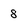
Character: 8